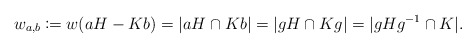
\begin{align*} w_{a, b} \coloneqq w(aH - Kb) = \vert aH \cap Kb\vert = \vert gH \cap Kg\vert = \vert gH g^{-1} \cap K\vert. \end{align*}